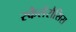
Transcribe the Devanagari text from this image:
स्कैलेरौसिस